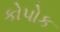
કોપોક